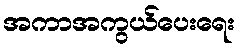
အကာအကွယ်ပေးရေး